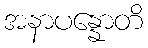
အနာပန္နောတိ